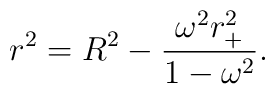
r^{2}=R^{2}-\frac{\omega ^{2}r_{+}^{2}}{1-\omega ^{2}}.